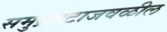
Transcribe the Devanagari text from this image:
समुद्रतटाजवळील